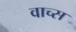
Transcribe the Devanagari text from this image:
वाच्स